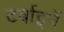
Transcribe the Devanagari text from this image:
टर्बाइनें